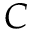
C